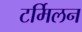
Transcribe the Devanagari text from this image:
टर्मिलन